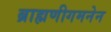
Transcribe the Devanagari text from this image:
ब्राह्मणीगमनेन